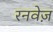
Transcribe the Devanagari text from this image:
रनवेज़